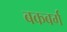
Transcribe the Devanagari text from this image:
बकबर्ग